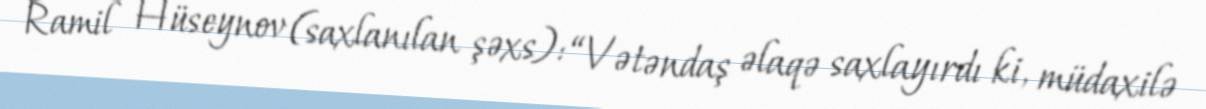
Ramil Hüseynov (saxlanılan şəxs): “Vətəndaş əlaqə saxlayırdı ki, müdaxilə